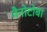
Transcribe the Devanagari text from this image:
मैनोटोबा